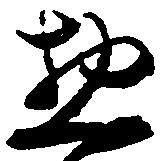
惣